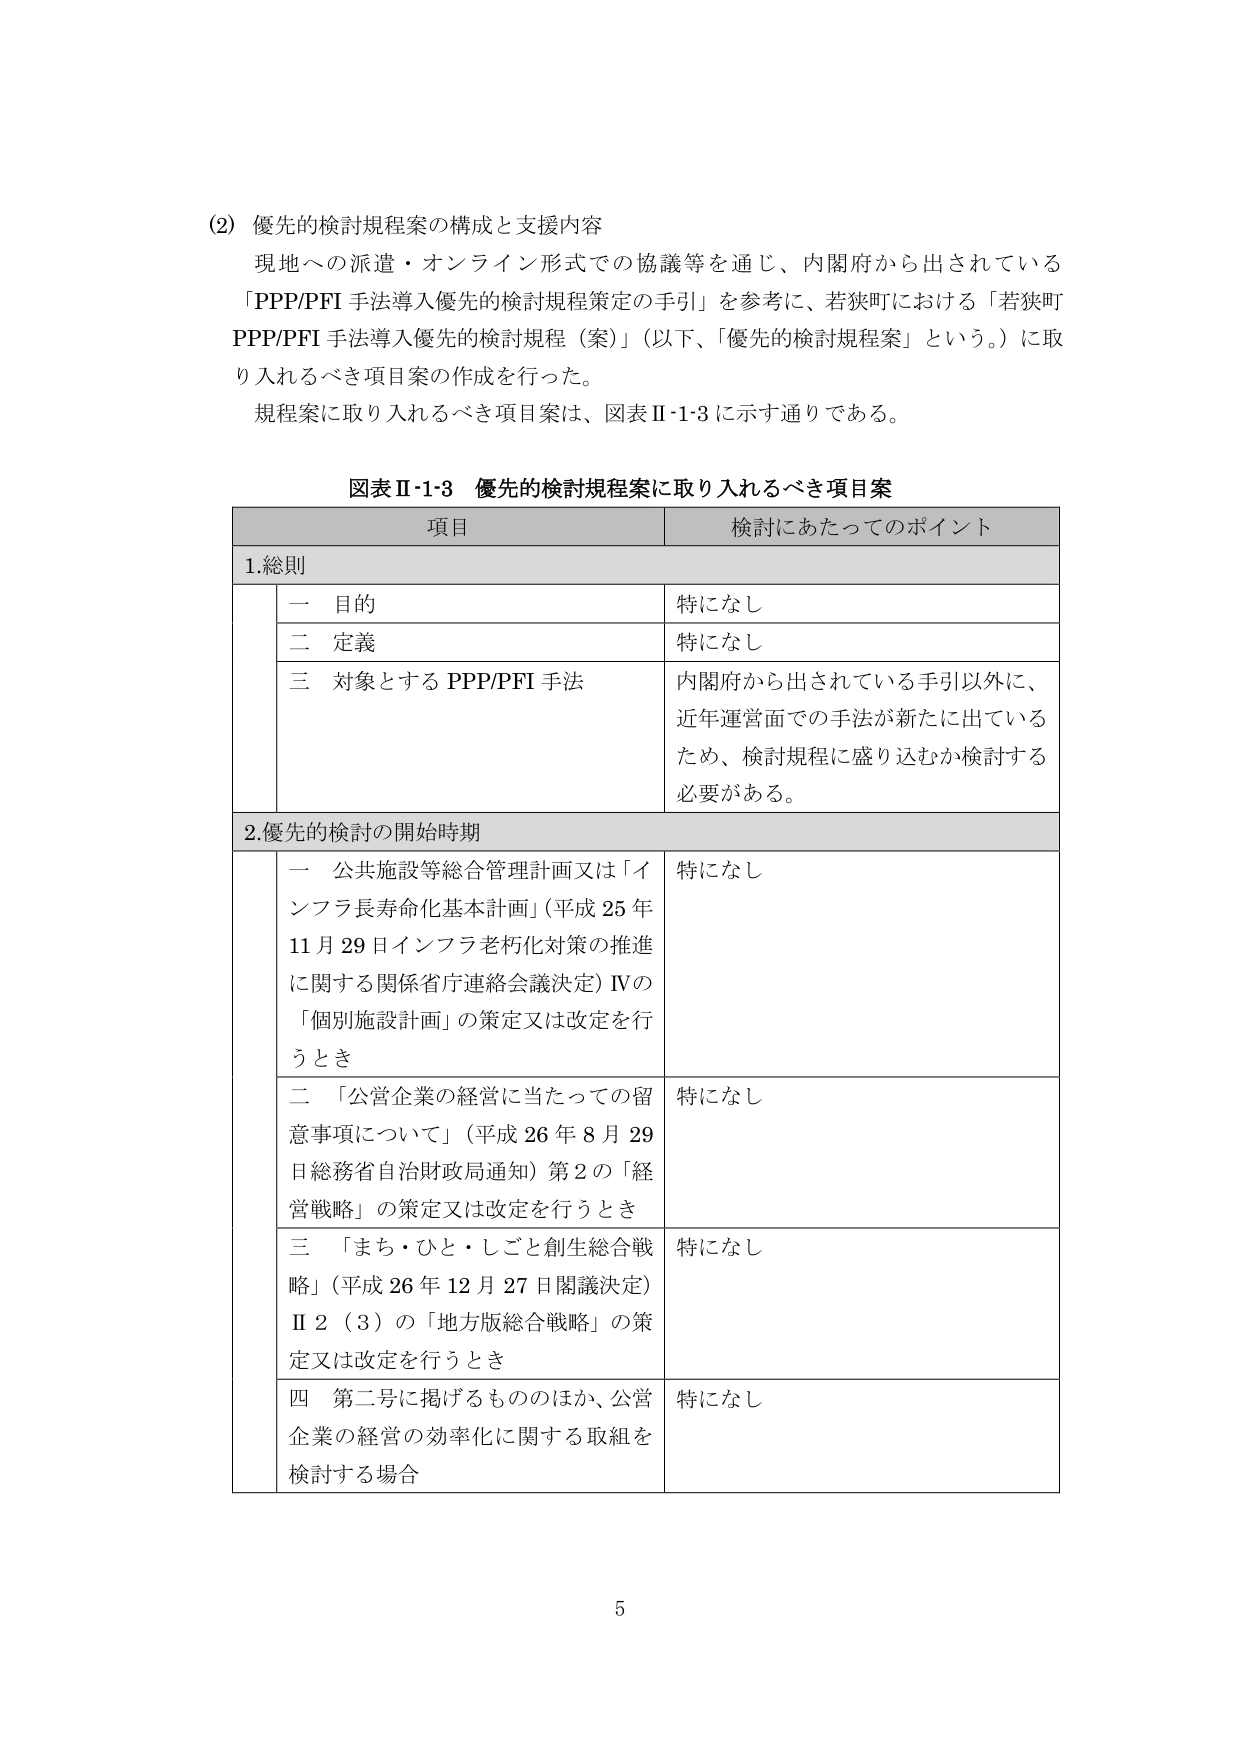
(2) 優先的検討規程案の構成と支援内容
現地への派遣・オンライン形式での協議等を通じ、内閣府から出されている
「PPP/PFI 手法導入優先的検討規程策定の手引」を参考に、若狭町における「若狭町
PPP/PFI 手法導入優先的検討規程（案）」（以下、「優先的検討規程案」という。）に取
り入れるべき項目案の作成を行った。
規程案に取り入れるべき項目案は、図表Ⅱ-1・3に示す通りである。

図表Ⅱ-1・3 優先的検討規程案に取り入れるべき項目案

| 項目 | 検討にあたってのポイント |
|------|--------------------------|
| 1.総則 | |
| 一 目的 | 特になし |
| 二 定義 | 特になし |
| 三 対象とする PPP/PFI 手法 | 内閣府から出されている手引以外に、<br>近年運営面での手法が新たに出てている<br>ため、検討規程に盛り込むか検討する<br>必要がある。 |
| 2.優先的検討の開始時期 | |
| 一 公共施設等総合管理計画又は「インフラ長寿命化基本計画」（平成25年11月29日インフラ老朽化対策の推進に関する関係省庁連絡会議決定）Ⅳの「個別施設計画」の策定又は改定を行うとき | 特になし |
| 二 「公営企業の経営に当たっての留意事項について」（平成26年8月29日総務省自治財政局通知）第2の「経営戦略」の策定又は改定を行うとき | 特になし |
| 三 「まち・ひと・しごと創生総合戦略」（平成26年12月27日閣議決定）Ⅱ（3）の「地方版総合戦略」の策定又は改定を行うとき | 特になし |
| 四 第二号に掲げるもののほか、公営企業の経営の効率化に関する取組を検討する場合 | 特になし |

5